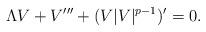
LaTeX: \begin{align*}\Lambda V+V'''+(V|V|^{p-1})'=0.\end{align*}